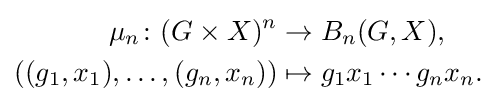
{\begin{aligned}\mu _{n}\colon (G\times X)^{n}&\to B_{n}(G,X),\\((g_{1},x_{1}),\dots ,(g_{n},x_{n}))&\mapsto g_{1}x_{1}\cdots g_{n}x_{n}.\end{aligned}}